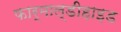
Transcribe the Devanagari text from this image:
फार्माल्डीहाइड